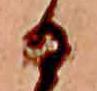
ひ